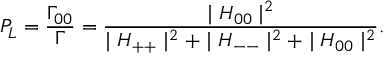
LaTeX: { P } _ { L } = { \frac { { \Gamma } _ { 0 0 } } { \Gamma } } = { \frac { \mid H _ { 0 0 } \mid ^ { 2 } } { \mid H _ { + + } \mid ^ { 2 } + \mid H _ { -- } \mid ^ { 2 } + \mid H _ { 0 0 } \mid ^ { 2 } } } .